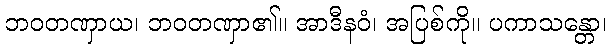
ဘဝတဏှာယ၊ ဘဝတဏှာ၏။ အာဒီနဝံ၊ အပြစ်ကို။ ပကာသန္တော၊